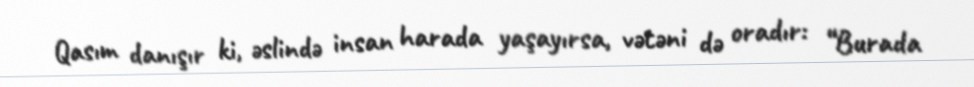
Qasım danışır ki, əslində insan harada yaşayırsa, vətəni də oradır: “Burada